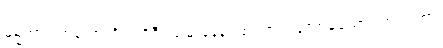
ဓမ္မတာဂုဏ်တော်ကို။ ပရိဒီပယမာနေန၊ ထင်ရှားပြတော်မူသော။ ဘဂဝတာ၊